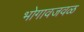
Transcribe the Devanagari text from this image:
भोगावजवळ